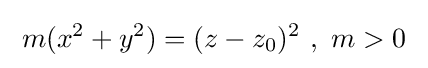
\;m(x^{2}+y^{2})=(z-z_{0})^{2}\ ,\ m>0\;